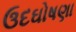
ઉદઘોષણા